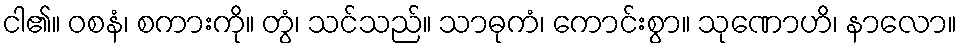
ငါ၏။ ဝစနံ၊ စကားကို။ တွံ၊ သင်သည်။ သာဓုကံ၊ ကောင်းစွာ။ သုဏောဟိ၊ နာလော။